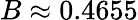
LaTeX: B\approx 0.4655